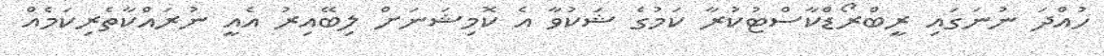
ހުއްދަ ނުނަގައި ރީބްރޯޑްކާސްޓުކުރާ ކަމުގެ ޝަކުވާ އެ ކޮމިޝަނަށް ލިބޭއިރު އެއީ ނުރައްކާތެރިކަމެއް